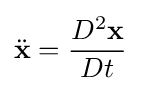
{\ddot {\mathbf {x} }}={\frac {D^{2}\mathbf {x} }{Dt}}